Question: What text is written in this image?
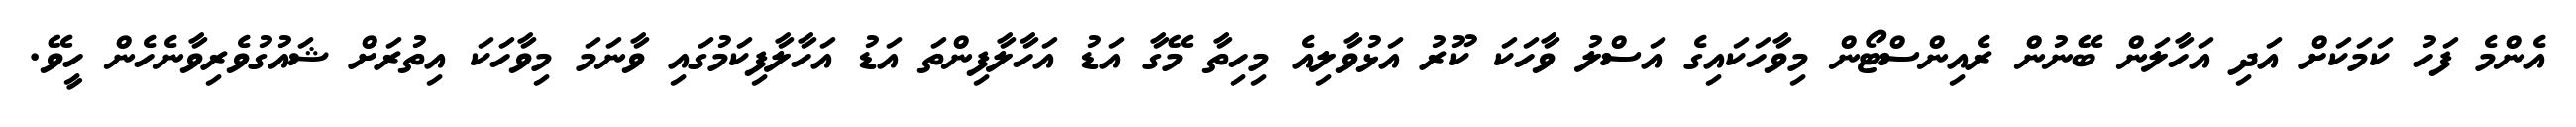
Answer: އެންމެ ފަހު ކަމަކަށް އަދި އަހާލަން ބޭނުން ރެއިންސްޓޯން މިވާހަކައިގެ އަސްލު ވާހަކަ ކޫރު އަޅުވާލިއެ މިހިތާ މޭގާ އަޑު އަހާލާފިންތަ އަޑު އަހާލާފިކަމުގައި ވާނަމަ މިވާހަކަ އިތުރަށް ޝައުގުވެރިވާނެހެން ހީވޭ.